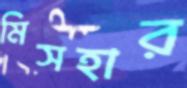
মিসহার